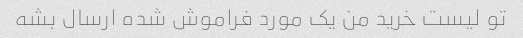
تو لیست خرید من یک مورد فراموش شده ارسال بشه